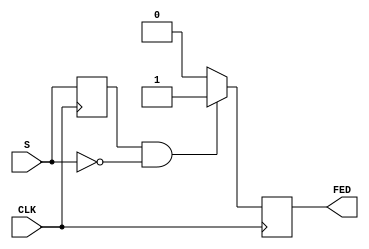
module falling_edge_detector(
    input wire S,          // Signal input
    input wire CLK,        // Clock input
    output reg FED         // Falling Edge Detected output
);

    reg prev_S;           // Previous state of the signal

    always @(posedge CLK) begin
        // Check for falling edge
        if (prev_S == 1'b1 && S == 1'b0) begin
            FED <= 1'b1;  // Falling edge detected
        end else begin
            FED <= 1'b0;  // No falling edge detected
        end
        // Update previous state
        prev_S <= S;     
    end

endmodule